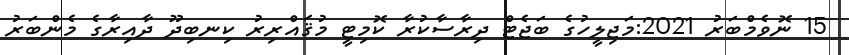
15 ނޮވެމްބަރު 2021:މަޖިލީހުގެ ބަޖެޓް ދިރާސާކުރާ ކޮމިޓީ މުޤައްރިރު ކިނބިދޫ ދާއިރާގެ މެންބަރު